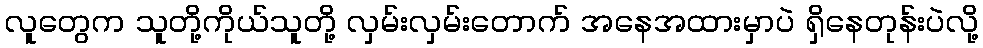
လူတွေက သူတို့ကိုယ်သူတို့ လှမ်းလှမ်းတောက် အနေအထားမှာပဲ ရှိနေတုန်းပဲလို့